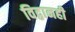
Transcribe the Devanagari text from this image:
विद्वानही